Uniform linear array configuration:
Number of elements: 32
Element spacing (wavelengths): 0.5
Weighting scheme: exponential
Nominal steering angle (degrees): -60
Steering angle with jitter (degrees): -59.043
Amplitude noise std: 0.05
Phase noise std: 0.05

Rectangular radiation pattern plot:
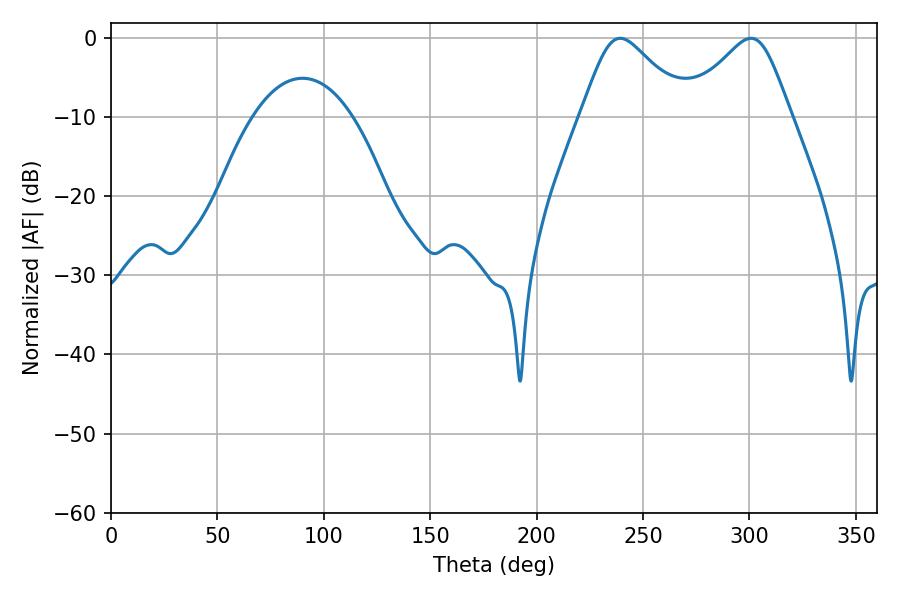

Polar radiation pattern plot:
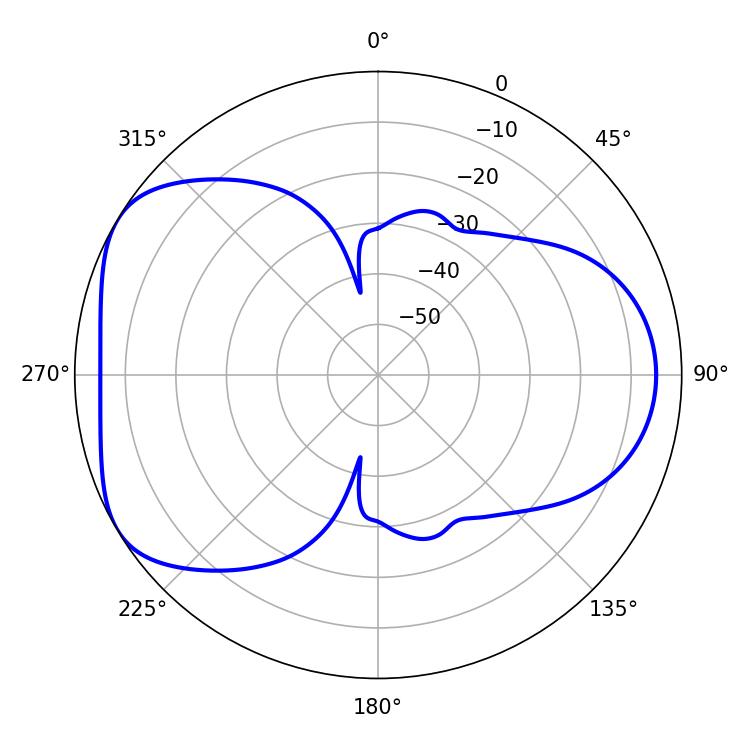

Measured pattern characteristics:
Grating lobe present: FALSE
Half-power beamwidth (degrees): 24.48
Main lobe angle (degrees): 300.78